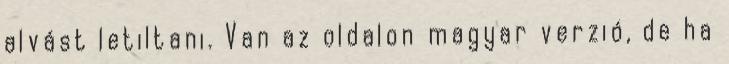
alvást letiltani. Van az oldalon magyar verzió, de ha